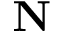
\bf N